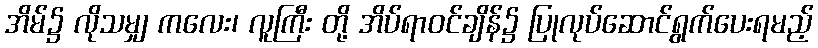
အိမ်၌ လိုသမျှ ကလေး၊ လူကြီး တို့ အိပ်ရာဝင်ချိန်၌ ပြုလုပ်ဆောင်ရွက်ပေးရမည့်